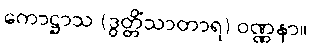
ကောဋ္ဌာသ (ဒွတ္တိံသာတာရ) ဝဏ္ဏနာ။